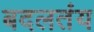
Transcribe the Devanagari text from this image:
बदलतंय